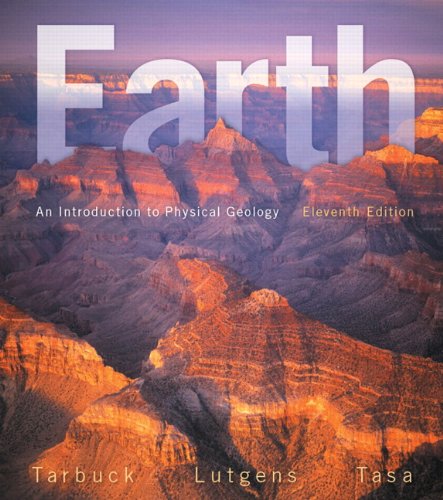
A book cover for Earth: An Introduction to Physical Geology (11th Edition); Edward J. Tarbuck; Science & Math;